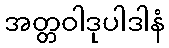
အတ္တဝါဒုပါဒါနံ